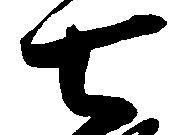
七